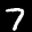
Label: 7